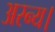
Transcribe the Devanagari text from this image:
अरन्य।